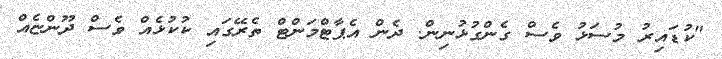
"ކުޑައިރު މުސަޅު ވެސް ގެންގުޅުނިން. ދެން އެޕާޓްމަންޓް ތެރޭގައި ކުކުޅެއް ވެސް ދޫންޏެއް